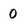
Character: 0